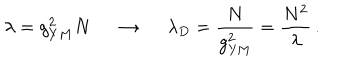
\lambda = g _ { Y M } ^ { 2 } N \, \; \rightarrow \, \; \lambda _ { D } = \frac { N } { g _ { \mathrm { Y M } } ^ { 2 } } = \frac { N ^ { 2 } } { \lambda } \, .